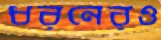
ধরনেরও